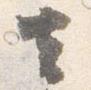
去